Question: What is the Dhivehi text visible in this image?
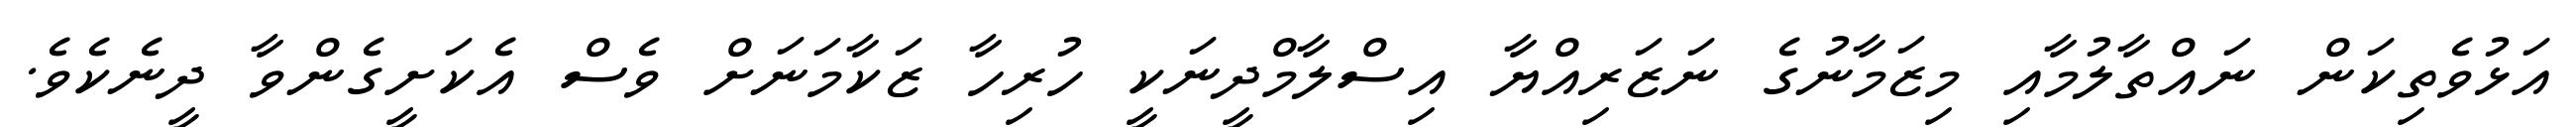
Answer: އަޅުވެތިކަން ނައްތާލުމާއި މިޒަމާނުގެ ނަޒަރިއްޔާ އިސްލާމްދީނަކީ ހުރިހާ ޒަކާމަނަށް ވެސް އެކަށީގެންވާ ދީނެކެވެ.